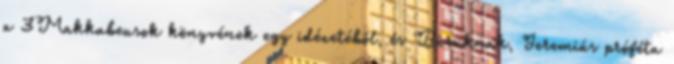
a 3Makkabeusok könyvének egy idézetéből, és Báruknak, Jeremiás próféta